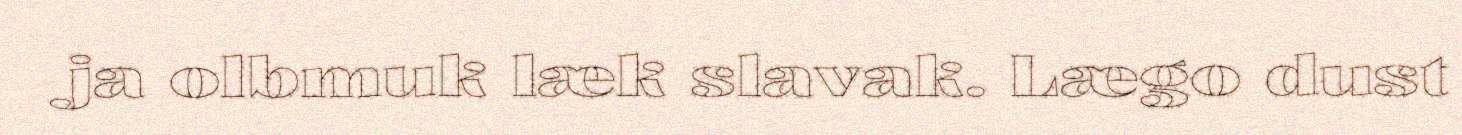
ja olbmuk læk slavak. Lægo dust